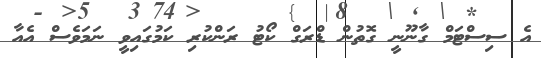
އެ ސިސްޓަމް ގާނޫނީ ގޮތުން ޑްރަގް ކޯޓު ރަންކުރި ކަމުގައިވީ ނަމަވެސް އެއާ